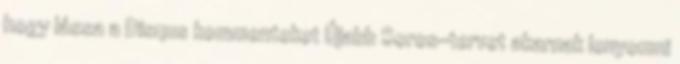
hogy lássa a Disqus kommenteket Újabb Soros-tervet akarnak lenyomni